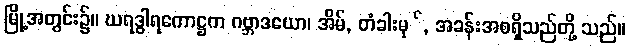
မြို့အတွင်း၌။ ဃရဒွါရကောဋ္ဌက ဂဗ္ဘာဒယော၊ အိမ်, တံခါးမု်, အခန်းအစရှိသည်တို့ သည်။